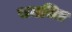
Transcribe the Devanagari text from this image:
समचित